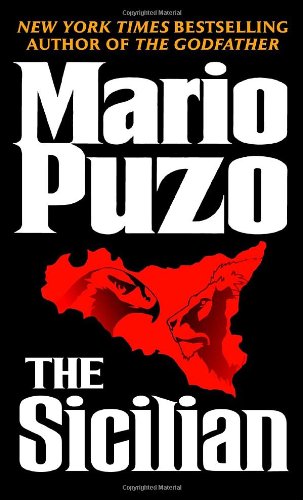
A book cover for The Sicilian; Mario Puzo; Literature & Fiction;